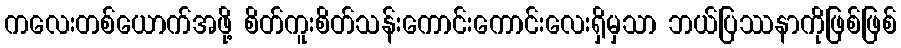
ကလေးတစ်ယောက်အဖို့ စိတ်ကူးစိတ်သန်းကောင်းကောင်းလေးရှိမှသာ ဘယ်ပြဿနာကိုဖြစ်ဖြစ်